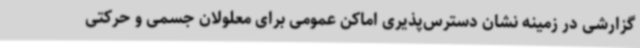
گزارشی در زمینه نشان دسترس‌پذیری اماکن عمومی برای معلولان جسمی و حرکتی